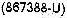
(867388-U)